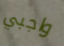
واجبي